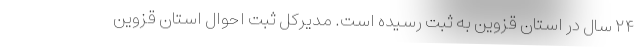
۲۴ سال در استان قزوین به ثبت رسیده است. مدیرکل ثبت احوال استان قزوین